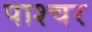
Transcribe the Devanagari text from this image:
पाश्‍चर